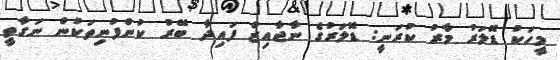
މީހަކު ޑޮލަރު މާރު ކުރަނީ: ޑޮލަރުގެ ނާޖާއިޒް ފައިދާ ބޭރު ކުންފުނިތަކުން ނަގާތީ